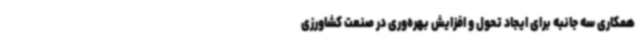
همکاری سه جانبه برای ایجاد تحول و افزایش بهره‌وری در صنعت کشاورزی